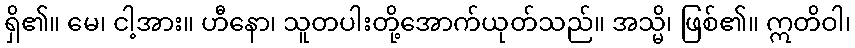
ရှိ၏။ မေ၊ ငါ့အား။ ဟီနော၊ သူတပါးတို့အောက်ယုတ်သည်။ အသ္မိ၊ ဖြစ်၏။ ဣတိဝါ၊